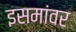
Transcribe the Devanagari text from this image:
इसमांवर